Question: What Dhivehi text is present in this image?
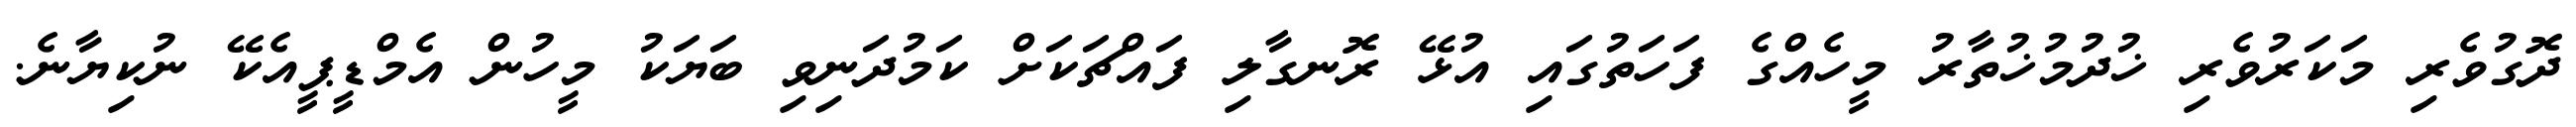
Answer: ދޮގުވެރި މަކަރުވެރި ޚުދުމުޚުތާރު މީހެއްގެ ފަހަތުގައި އުޅޭ ރޮނގާލި ފައްޗަކަށް ކަމުދަނިވި ބަޔަކު މީހުން އެމްޑީޕީއެކޭ ނުކިޔާނެ.